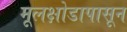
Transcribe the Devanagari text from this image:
मूलक्षोडापासून